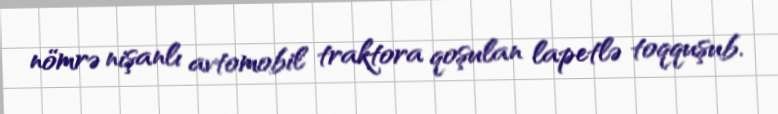
nömrə nişanlı avtomobil traktora qoşulan lapetlə toqquşub.